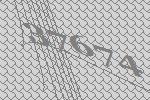
37674